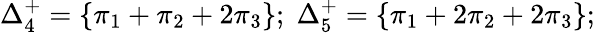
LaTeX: \Delta_{4}^{+}=\{ \pi_{1}+\pi_{2}+2\pi_{3}\} ;\; \Delta_{5}^{+}=\{ \pi_{1}+2\pi_{2}+2\pi_{3}\} ;